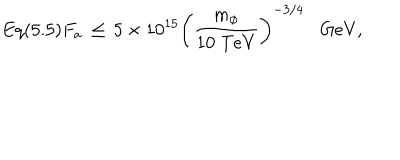
E q ( 5 . 5 ) F _ { a } \, \leq \, 5 \times 1 0 ^ { 1 5 } \left( \frac { m _ { \phi } } { 1 0 \; \mathrm { T e V } } \right) ^ { - 3 / 4 } \mathrm { G e V } ,